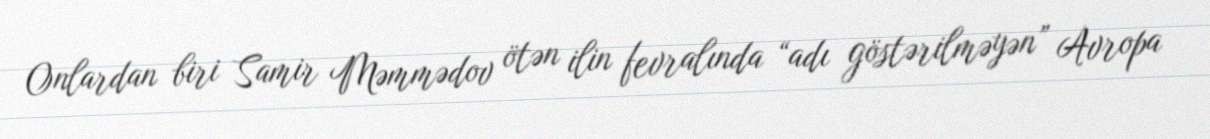
Onlardan biri Samir Məmmədov ötən ilin fevralında “adı göstərilməyən” Avropa